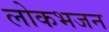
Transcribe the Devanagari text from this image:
लोकभजन